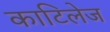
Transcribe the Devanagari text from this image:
काटिलेज